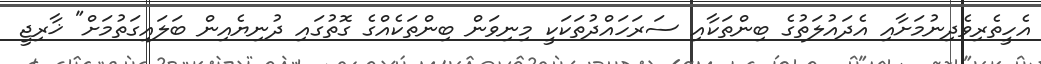
އެހީތެރިވެދިނުމަށާއި އެދައުލަތުގެ ބިންތަކާއި ސަރަހައްދުތަކަކީ މިނިވަން ބިންތަކެއްގެ ގޮތުގައި ދުނިޔެއިން ބަލައިގަތުމަަށް" ޚާރިޖީ